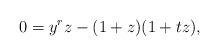
LaTeX: \begin{align*} 0 = y^rz-(1+z)(1+tz),\end{align*}